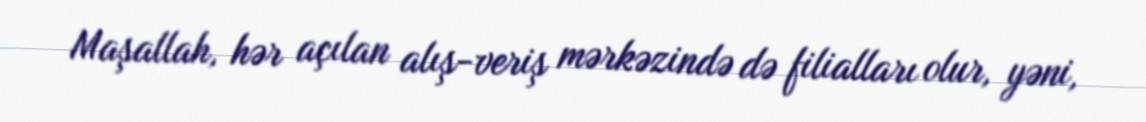
Maşallah, hər açılan alış-veriş mərkəzində də filialları olur, yəni,